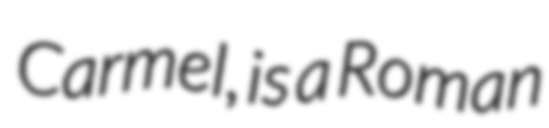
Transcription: Carmel, is a Roman